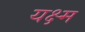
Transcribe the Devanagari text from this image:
यक्ष्म